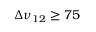
\Delta \nu _ { 1 2 } \ge 7 5